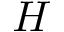
H